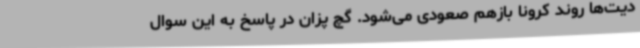
دیت‌ها روند کرونا بازهم صعودی می‌شود. گچ پزان در پاسخ به این سوال